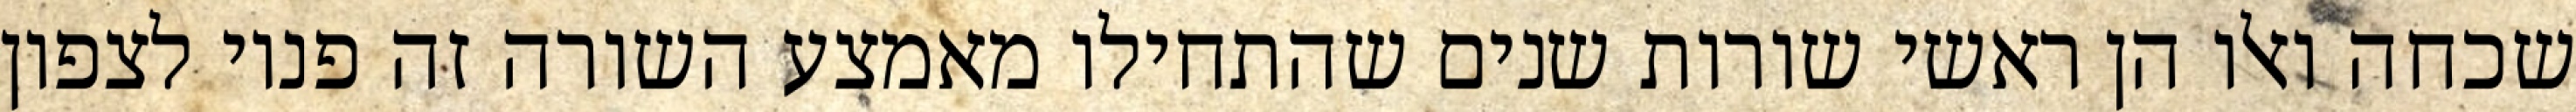
שכחה ואלו הן ראשי שורות שנים שהתחילו מאמצע השורה זה פניו לצפון